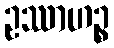
ဥဿာဟဉ္စ